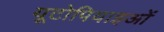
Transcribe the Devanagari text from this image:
यूटोपियाइओं